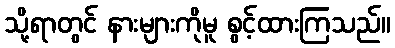
သို့ရာတွင် နားများကိုမူ စွင့်ထားကြသည်။